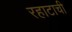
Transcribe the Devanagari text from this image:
रहाटाची